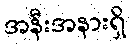
အနီးအနားရှိ